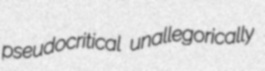
pseudocritical unallegorically